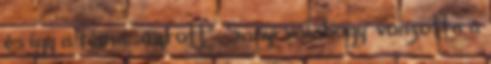
és így a téma „ugrott”. Sanyi va­la­hogy’ vonzotta a